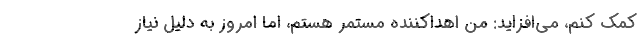
کمک کنم، می‌افزاید: من اهداکننده مستمر هستم، اما امروز به دلیل نیاز